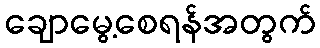
ချောမွေ့စေရန်အတွက်